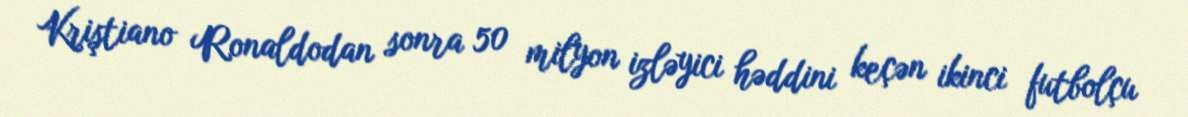
Kriştiano Ronaldodan sonra 50 milyon izləyici həddini keçən ikinci futbolçu